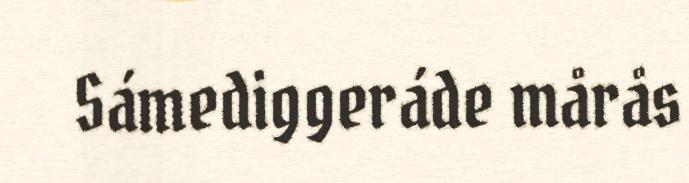
Sámediggeráde mårås